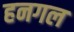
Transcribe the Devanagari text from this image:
हनगल